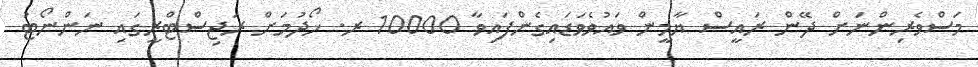
މަސްވެރިންނަށް ދޭން ރައީސް ޔާމީން ވައުވެވަޑައިގެންފައިވާ 10000 ރ. ހޯދުމަށް ރަޖިސްޓްރީގައި ނަންނޯޓު